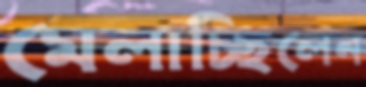
মেলাচ্ছিলেন